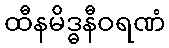
ထီနမိဒ္ဓနီဝရဏံ